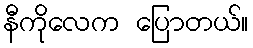
နီကိုလေက ပြောတယ်။